Tartu_linnavalitsus, lk 61
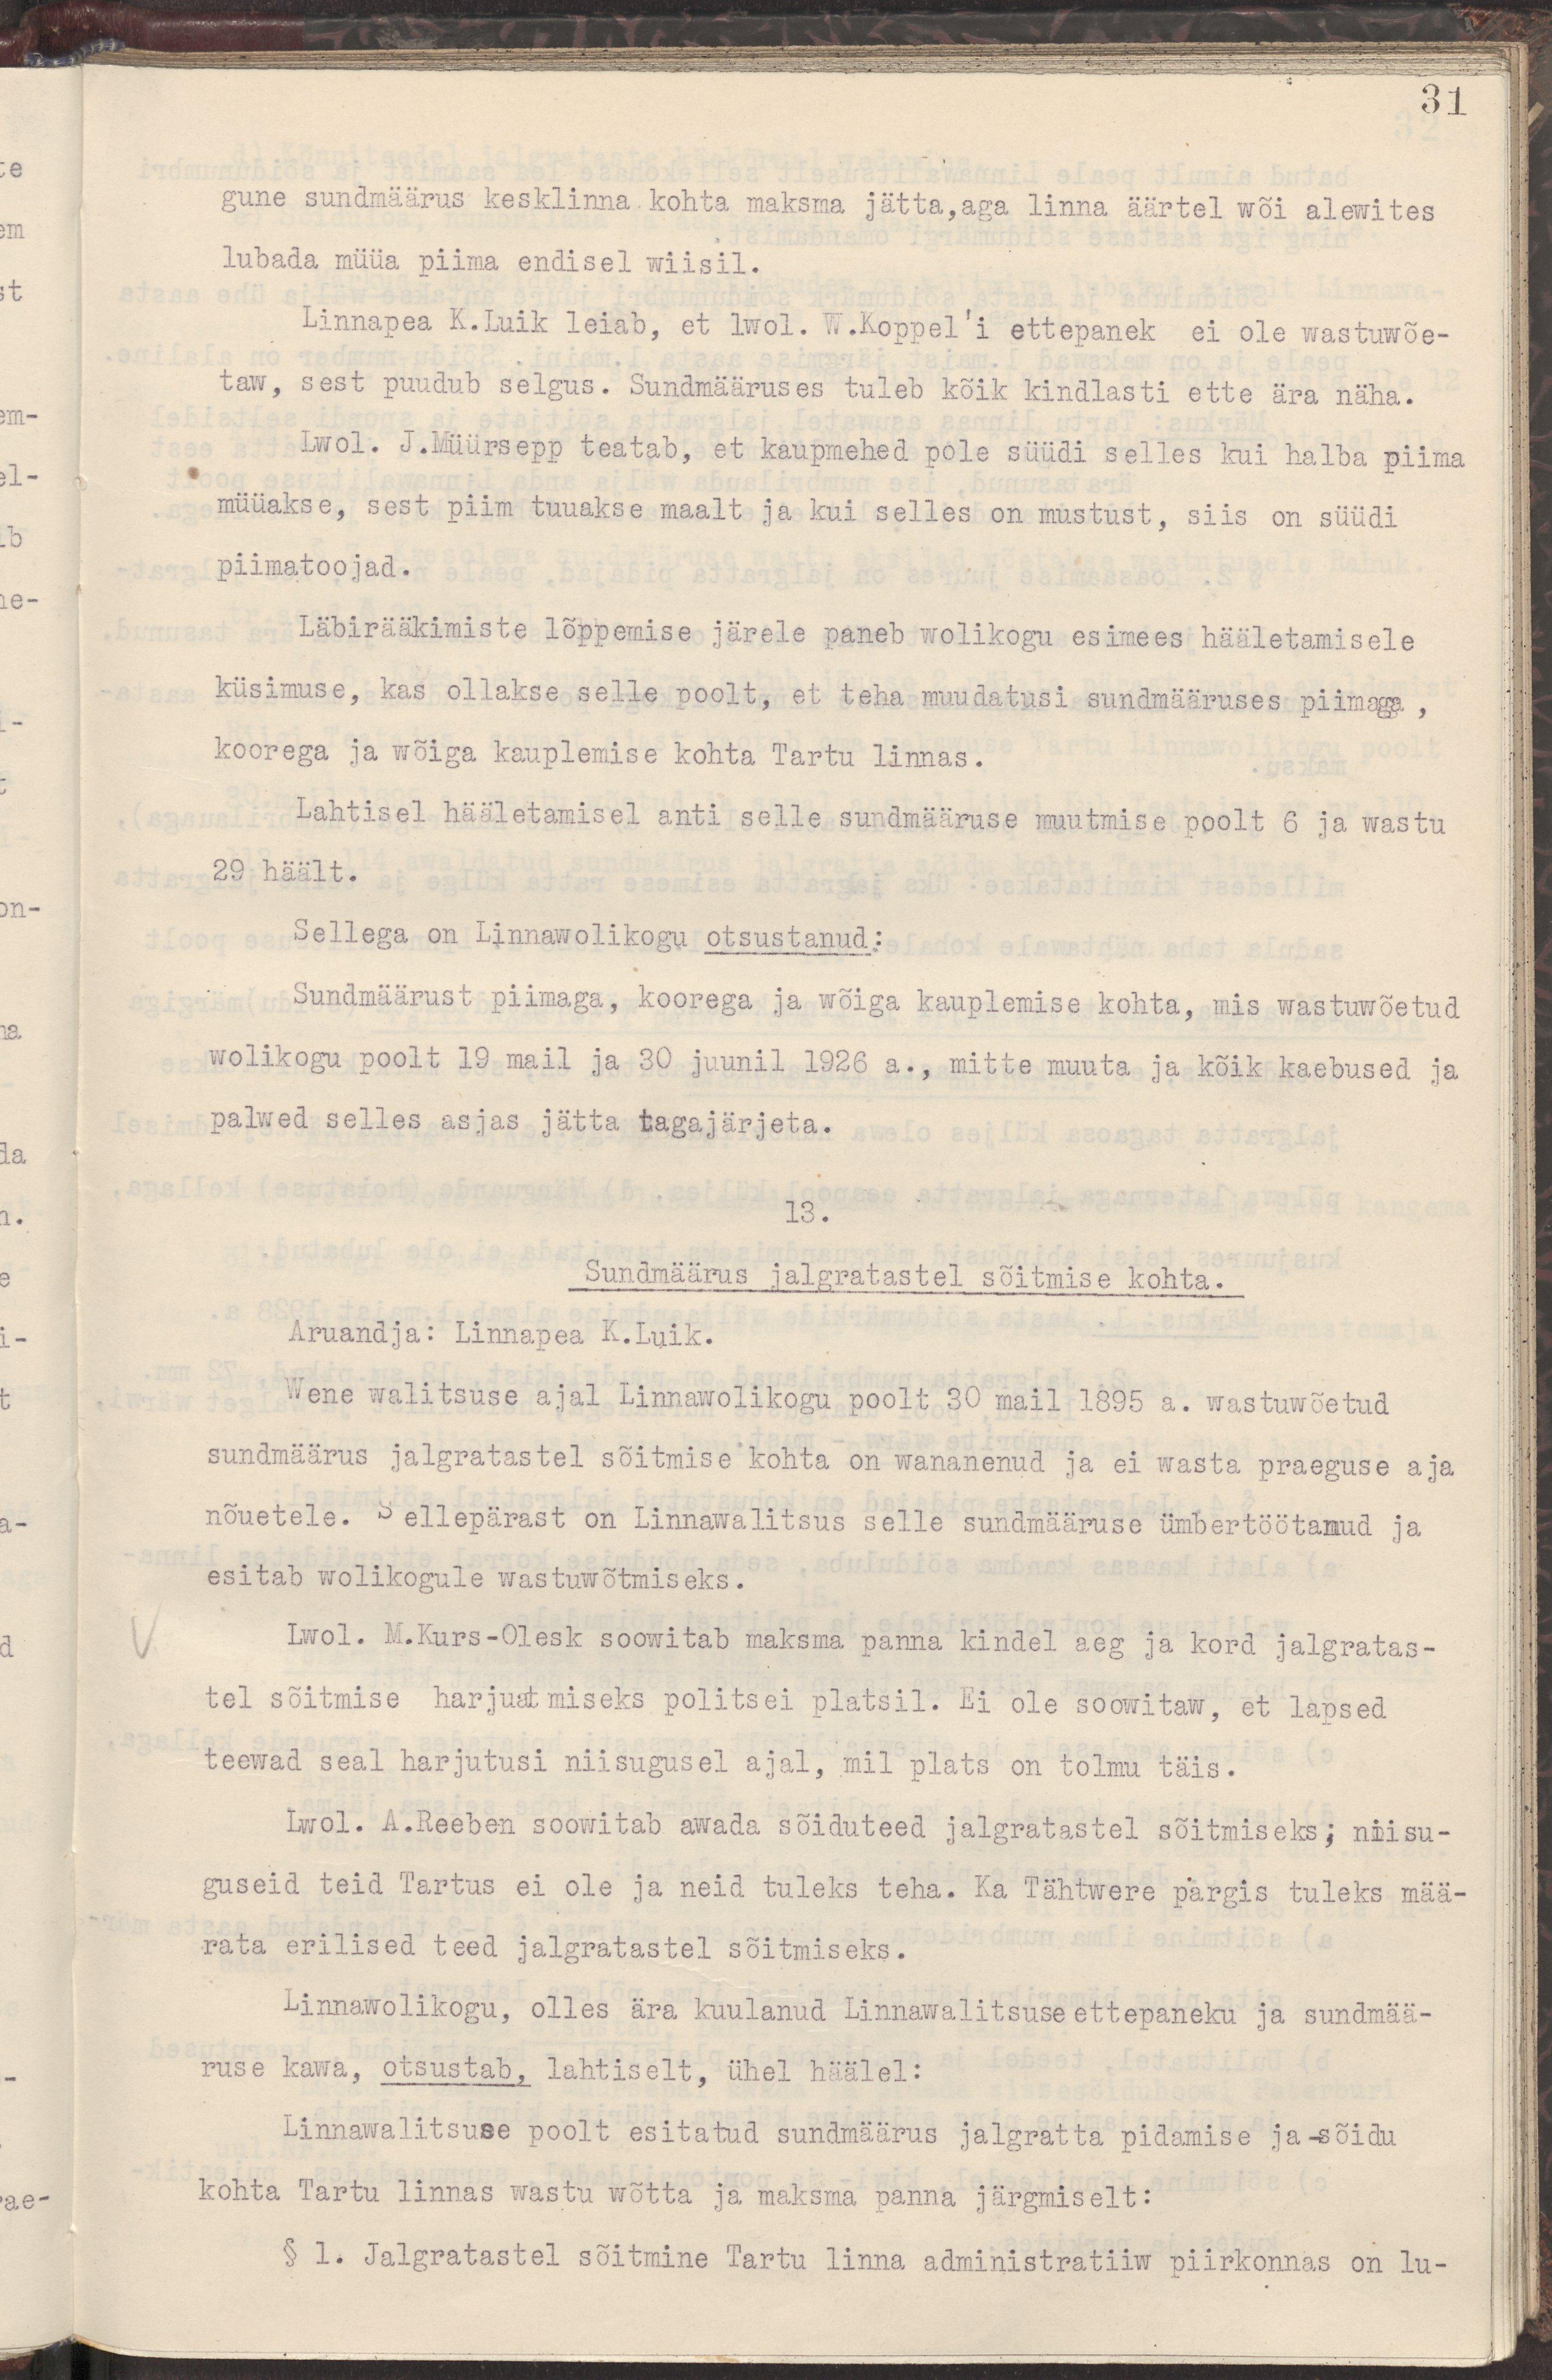
31
gune sundmäärus kesklinna kohta maksma jätta,aga linna äärtel wõi alewites
lubada müüa piima endisel wiisil.
Linnapea K.Luik leiab, et lwol. W.Koppel'i ettepanek ei ole wastuwõe-
taw, sest puudub selgus. Sundmääruses tuleb kõik kindlasti ette ära näha.
Lwol. J.Müürisepp teatab, et kaupmehed pole süüdi selles kui halba piima
müüakse, sest piim tuuakse maalt ja kui selles on mustust, siis on süüdi
piimatoojad.
Läbirääkimiste lõppemise järele paneb wolikogu esimees hääletamisele
küsimus, kas ollakse selle poolt, et teha muudatusi sundmääruses piimaga ,
koorega ja wõiga kauplemise kohta Tartu linnas.
Lahtisel hääletamisel anti selle sundmääruse muutmise poolt 6 ja wastu
29 häält.
Sellega on Linnawolikogu otsustanud:
Sundmäärust piimaga, koorega ja wõiga kauplemise kohta, mis wastuwõetud
wolikogu poolt 19 mail ja 30 juunil 1926 a., mitte muuta ja kõik kaebused ja
palwed selles asjas jätta tagajärjeta.
13.
Sundmäärus jalgratastel sõitmise kohta.
Aruandja: Linnapea K.Luik.
Wene walitsuse ajal Linnawolikogu poolt 30 mail 1895 a. wastuwõetud
sundmäärus jalgratastel sõitmise kohta on wananenud ja ei wasta praeguse aja
nõuetele. Sellepärast on Linnawalitsus selle sundmääruse ümbertöötanud ja
esitab wolikogule wastuwõtmiseks.
Lwol. M.Kurs-Olesk soowitab maksma panna kindel aeg ja kord jalgratas-
tel sõitmise harjutamiseks politsei platsil. Ei ole soowitataw, et lapsed
teewad seal harjutusi niisugusel ajal, mil plats on tolmu täis.
Lwol. A.Reeben soowitab awada sõiduteed jalgratastel sõitmiseks; niisu-
guseid teid Tartus ei ole ja neid tuleks teha. Ka Tähtwere pargis tuleks mää-
rata erilised teed jalgratastel sõitmiseks.
Linnawolikogu, olles ära kuulanud Linnawalitsuse ettepaneku ja sundmää-
ruse kawa, otsustab, lahtiselt, ühel häälel:
Linnawalitsuse poolt esitatud sundmäärus jalgratta pidamise ja -sõidu
kohta Tartu linnas wastu wõtta ja maksma panna järgmiselt:
§ 1. Jalgratastel sõitmine Tartu linna administratiiw piirkonnas on lu-